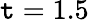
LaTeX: \mathtt{t}=1.5